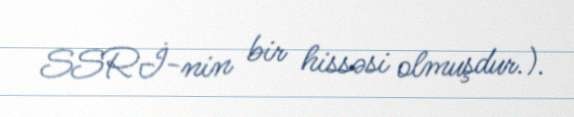
SSRİ-nin bir hissəsi olmuşdur.).